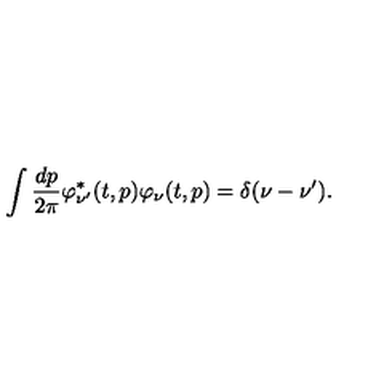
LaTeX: \int \frac { d p } { 2 \pi } \varphi _ { \nu ^ { \prime } } ^ { * } ( t , p ) \varphi _ { \nu } ( t , p ) = \delta ( \nu - \nu ^ { \prime } ) .